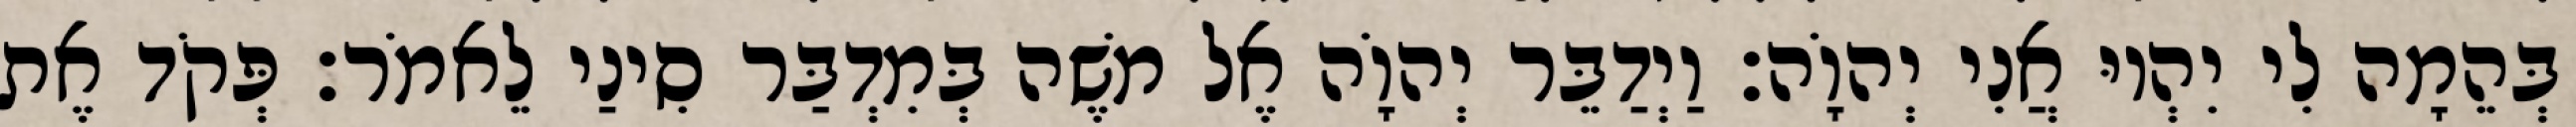
בְּהֵמָה לִי יִהְיוּ אֲנִי יְהוָֹה׃ וַיְדַבֵּר יְהוָֹה אֶל משֶׁה בְּמִדְבַּר סִינַי לֵאמֹר׃ פְּקֹד אֶת